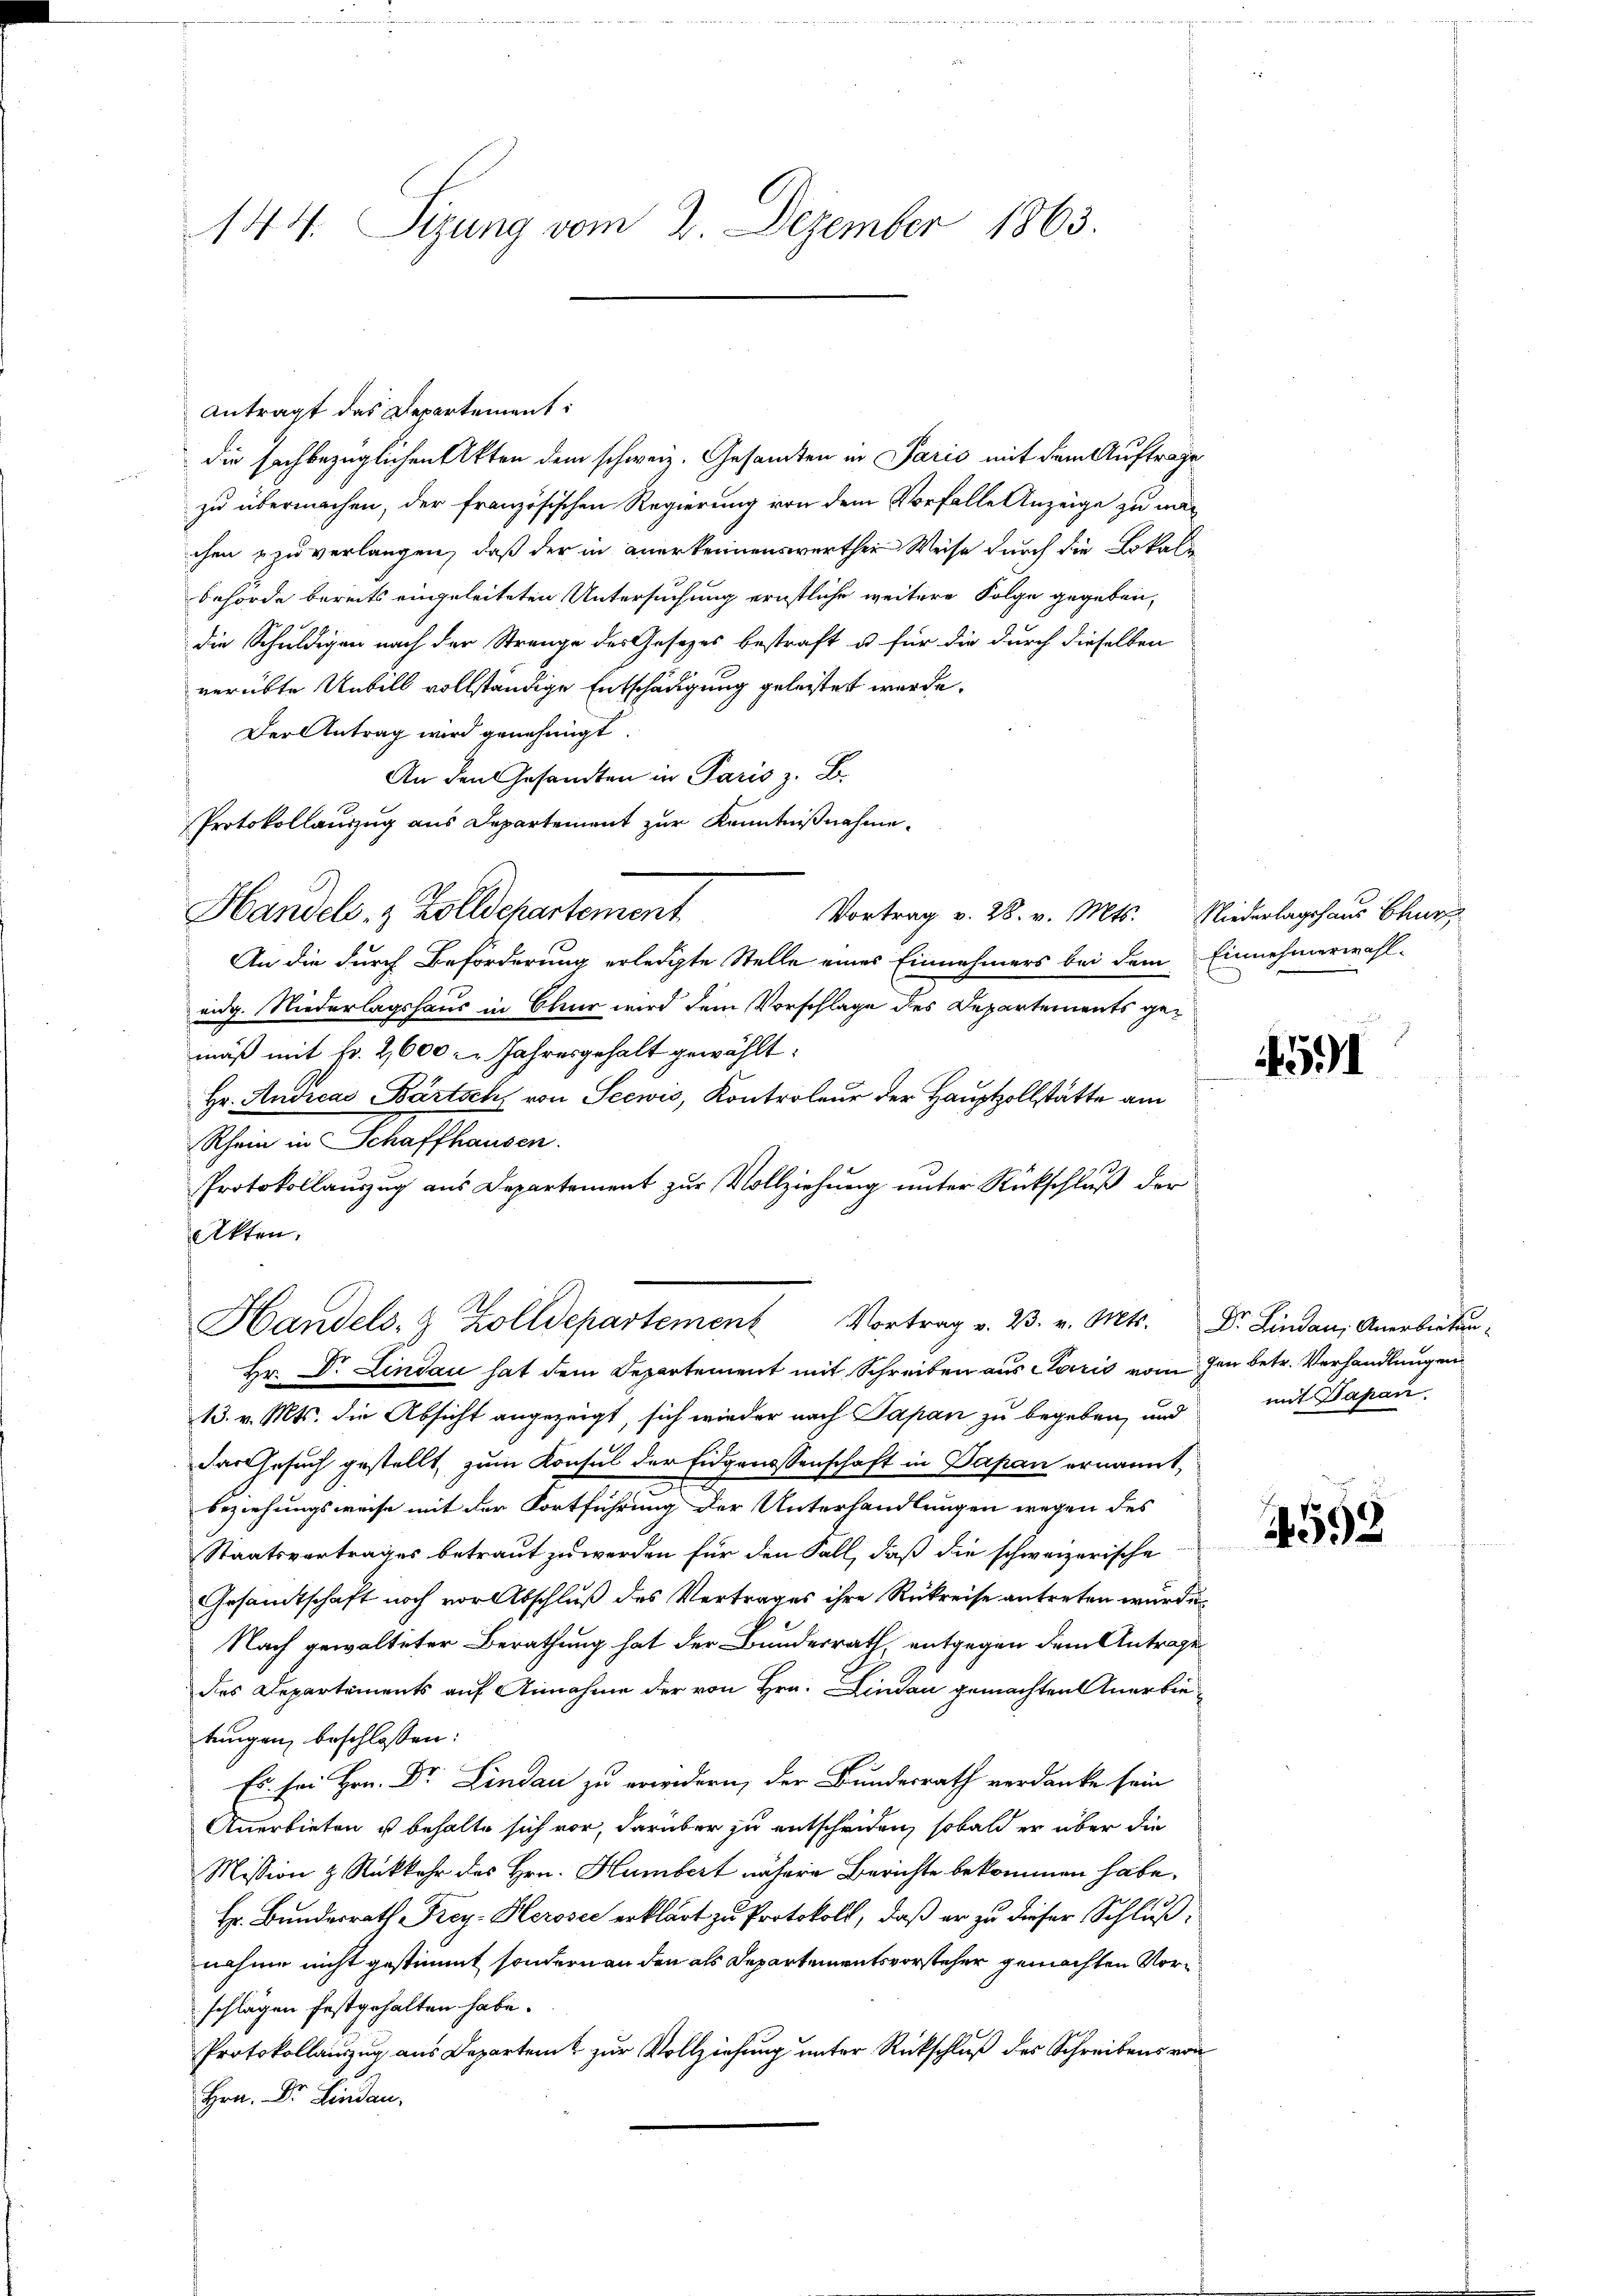
144. Sizung vom 2. Dezember 1863.

Antragt das Departement:
die sachbezüglichen Akten dem schweiz. Gesamten in Paris mit dem Auftrage
zu übermachen, der französischen Regierung von dem Vorfalle Anzeige zu mach
chen zu verlangen, daß der in anerkennenswerther Weise durch die Lokali
behörde bereits eingeleiteten Untersuchung ernstliche weitere Folge gegeben,
die Schuldigen nach der Strange des Gesetzes bestraft u. für die durch dieselben
verübte Unbill vollständige Entschädigung geleistet werde.
Der Antrag wird genehmigt.
An den Gesandten in Paris z. B.
Protokollauszug aus Departement zur Kenntnißnahme.
Handels- & Zolldepartement
Vortrag v. 28. v. Mts. Niederlagshaus Chur
An die durch Beforderung erledigte Stelle eines Einnehmers bei dem
eidg. Niederlagshaus in Chur wird dem Vorschlage des Departements gemäß mit Fr. 2600 l. Jahresgehalt gewählt:
Hr. Andreas Bartsch von Seewis, Kontroleur der Hauptzollstätte am
Rhein in Schaffhausen.
Protokollauszug aus Departement zur Vollziehung unter Rückschluß der
Akten.

Handels- & Zolldepartement Vortrag v. 23. v. Mts. Dr. Lindau, Anerbieten-
Hr. Dr. Lindau hat dem Departement mit Schreiben aus Clario vom den betr. Verhandlungen

Einnehmerwahl.

13. v. Mts. die Absicht angezeigt, sich wieder nach Papan zu begeben, und
das Gesuch gestellt, zum Konsul der Eidgenossenschaft in Papan ernannt,
beziehungsweise mit der Fortführung der Unterhandlungen wegen des
Staatsvertrages betraut zu werden für den Fall, daß die schweizerische
Gesamtschaft noch vor Abschluß des Vertrages ihre Rükreise antreten wurde.
Nach gewalteter Berathung hat der Bundesrath, entgegen dem Antrage
des Departements auf Annahme der von Hrn. Lindau gemachten Anerbietungen beschlossen:
Es sei Hrn. Dr. Lindau zu erindern, der Bundesrath verdanke sein
Anerbieten u behalte sich vor, darüber zu entscheiden, sobald er über die
Mission & Rückkehr des Hrn. Humbert nähere Berichte bekommen habe,
Hr. Bundesrath Frey- Herose erklärt zu Protokoll, daß er zu dieser Schluß,
nahme nicht gestimmt sondern an den als Departementsvorsteher gemachten Vorschlägen festgehalten habe.
Protokollauszug aus Departem zur Vollziehung unter Rückschluß des Schreibens von
Hr. Dr. Linda

4591

mit Japan

4593